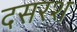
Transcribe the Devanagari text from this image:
दसरश